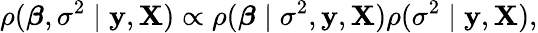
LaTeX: \rho({\boldsymbol{\beta}},\sigma^{2}\mid\mathbf{y},\mathbf{X})\propto\rho({\boldsymbol{\beta}}\mid\sigma^{2},\mathbf{y},\mathbf{X})\rho(\sigma^{2}\mid\mathbf{y},\mathbf{X}),